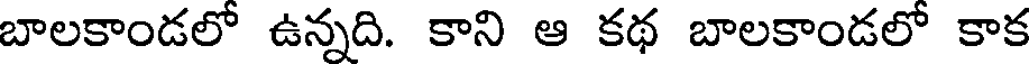
బాలకాండలో ఉన్నది. కాని ఆ కథ బాలకాండలో కాక